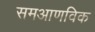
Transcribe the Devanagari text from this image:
समआणविक